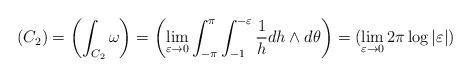
LaTeX: \begin{align*}(C_2) = \left(\int_{C_2}\omega\right) = \left(\lim_{\varepsilon \rightarrow 0} \int_{-\pi}^{\pi} \int_{-1}^{-\varepsilon} \frac{1}{h}dh\wedge d\theta\right) = (\lim_{\varepsilon \rightarrow 0}2\pi \log|\varepsilon|)\end{align*}